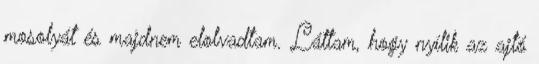
mosolyát és majdnem elolvadtam. Láttam, hogy nyílik az ajtó